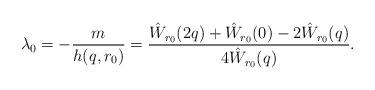
LaTeX: \begin{align*}\lambda_0 = -\frac{m}{h(q,r_0)} = \frac{\hat W_{r_0}(2q) + \hat W_{r_0}(0) - 2\hat W_{r_0}(q)}{4\hat W_{r_0}(q)}.\end{align*}